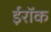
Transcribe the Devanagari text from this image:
ईरॉक